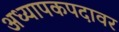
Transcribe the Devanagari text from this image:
अध्यापकपदावर